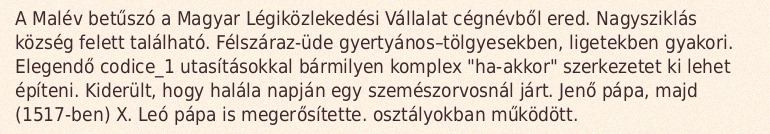
A Malév betűszó a Magyar Légiközlekedési Vállalat cégnévből ered. Nagysziklás község felett található. Félszáraz-üde gyertyános–tölgyesekben, ligetekben gyakori. Elegendő codice_1 utasításokkal bármilyen komplex "ha-akkor" szerkezetet ki lehet építeni. Kiderült, hogy halála napján egy szemészorvosnál járt. Jenő pápa, majd (1517-ben) X. Leó pápa is megerősítette. osztályokban működött.